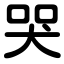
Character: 哭